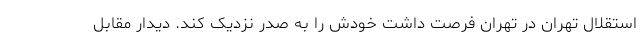
استقلال تهران در تهران فرصت داشت خودش را به صدر نزدیک کند. دیدار مقابل